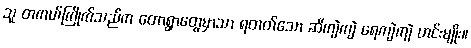
သူ တကယ်ကြိုက်သည်က တောရွာတွေမှာသာ ရတတ်သော ဆီကျဲကျဲ ရေကျဲကျဲ ဟင်းမျိုး။